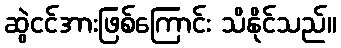
ဆွဲငင်အားဖြစ်ကြောင်း သိနိုင်သည်။